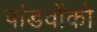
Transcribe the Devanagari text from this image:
पांडवोंको